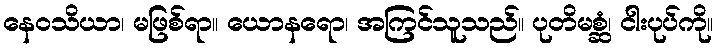
နေဝသိယာ၊ မဖြစ်ရာ။ ယောနရော၊ အကြင်သူသည်။ ပုတိမစ္ဆံ၊ ငါးပုပ်ကို။